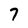
Character: 7